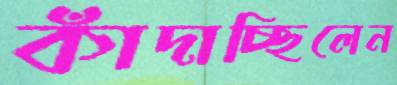
কাঁদাচ্ছিলেন